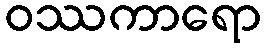
ဝဿကာရော